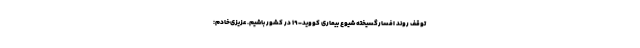
توقف روند افسارگسیخته شیوع بیماری کووید-۱۹ در کشور باشیم. عزیزی‌خادم: